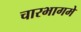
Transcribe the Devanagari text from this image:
चारभागमे